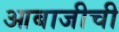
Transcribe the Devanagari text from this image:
आबाजीची